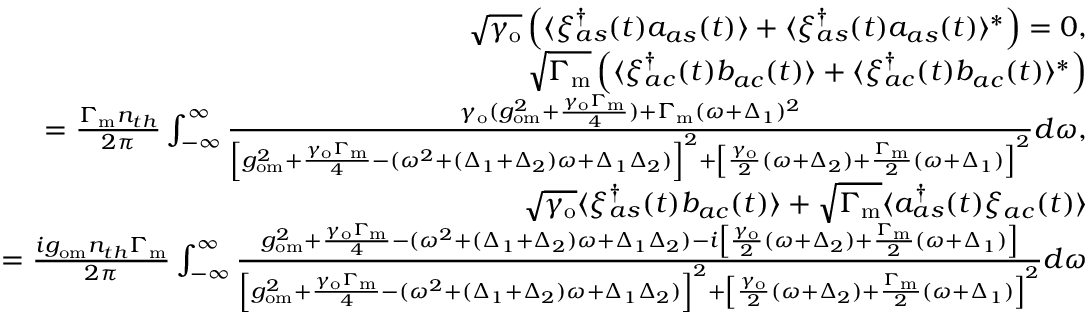
\begin{array} { r l r } & { } & { \sqrt { \gamma _ { \mathrm { o } } } \left( \langle \xi _ { a s } ^ { \dagger } ( t ) a _ { a s } ( t ) \rangle + \langle \xi _ { a s } ^ { \dagger } ( t ) a _ { a s } ( t ) \rangle ^ { * } \right) = 0 , } \\ & { } & { \sqrt { \Gamma _ { \mathrm { m } } } \left( \langle \xi _ { a c } ^ { \dagger } ( t ) b _ { a c } ( t ) \rangle + \langle \xi _ { a c } ^ { \dagger } ( t ) b _ { a c } ( t ) \rangle ^ { * } \right) } \\ & { } & { = \frac { \Gamma _ { \mathrm { m } } n _ { t h } } { 2 \pi } \int _ { - \infty } ^ { \infty } \frac { \gamma _ { \mathrm { o } } ( g _ { \mathrm { o m } } ^ { 2 } + \frac { \gamma _ { \mathrm { o } } \Gamma _ { \mathrm { m } } } { 4 } ) + \Gamma _ { \mathrm { m } } ( \omega + \Delta _ { 1 } ) ^ { 2 } } { \left[ g _ { \mathrm { o m } } ^ { 2 } + \frac { \gamma _ { \mathrm { o } } \Gamma _ { \mathrm { m } } } { 4 } - ( \omega ^ { 2 } + ( \Delta _ { 1 } + \Delta _ { 2 } ) \omega + \Delta _ { 1 } \Delta _ { 2 } ) \right] ^ { 2 } + \left[ \frac { \gamma _ { \mathrm { o } } } { 2 } ( \omega + \Delta _ { 2 } ) + \frac { \Gamma _ { \mathrm { m } } } { 2 } ( \omega + \Delta _ { 1 } ) \right] ^ { 2 } } d \omega , } \\ & { } & { \sqrt { \gamma _ { \mathrm { o } } } \langle \xi _ { a s } ^ { \dagger } ( t ) b _ { a c } ( t ) \rangle + \sqrt { \Gamma _ { \mathrm { m } } } \langle a _ { a s } ^ { \dagger } ( t ) \xi _ { a c } ( t ) \rangle } \\ & { } & { = \frac { i g _ { \mathrm { o m } } n _ { t h } \Gamma _ { \mathrm { m } } } { 2 \pi } \int _ { - \infty } ^ { \infty } \frac { g _ { \mathrm { o m } } ^ { 2 } + \frac { \gamma _ { \mathrm { o } } \Gamma _ { \mathrm { m } } } { 4 } - ( \omega ^ { 2 } + ( \Delta _ { 1 } + \Delta _ { 2 } ) \omega + \Delta _ { 1 } \Delta _ { 2 } ) - i \left[ \frac { \gamma _ { \mathrm { o } } } { 2 } ( \omega + \Delta _ { 2 } ) + \frac { \Gamma _ { \mathrm { m } } } { 2 } ( \omega + \Delta _ { 1 } ) \right] } { \left[ g _ { \mathrm { o m } } ^ { 2 } + \frac { \gamma _ { \mathrm { o } } \Gamma _ { \mathrm { m } } } { 4 } - ( \omega ^ { 2 } + ( \Delta _ { 1 } + \Delta _ { 2 } ) \omega + \Delta _ { 1 } \Delta _ { 2 } ) \right] ^ { 2 } + \left[ \frac { \gamma _ { \mathrm { o } } } { 2 } ( \omega + \Delta _ { 2 } ) + \frac { \Gamma _ { \mathrm { m } } } { 2 } ( \omega + \Delta _ { 1 } ) \right] ^ { 2 } } d \omega } \end{array}